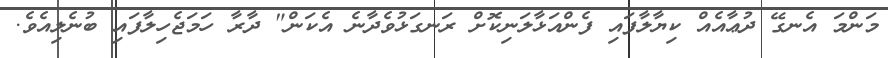
މަންމަ އެނގޭ ދުޢާއެއް ކިޔާލާފައި ފެންއަޅާލަނިކޮށް ރަނގަޅުވެދާނެ އެކަން" ދާރާ ހަމަޖެހިލާފައި ބުނެލިއެވެ.